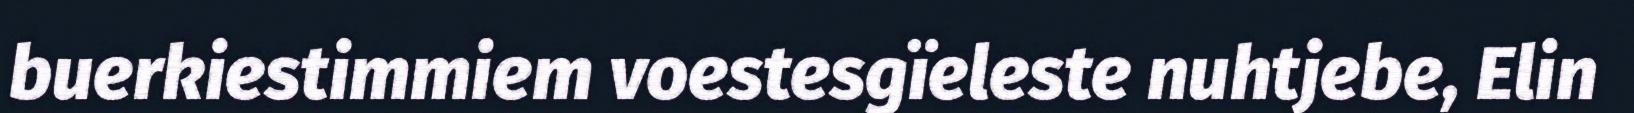
buerkiestimmiem voestesgïeleste nuhtjebe, Elin